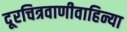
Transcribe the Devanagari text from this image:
दूरचित्रवाणीवाहिन्या